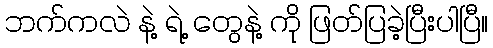
ဘက်ကလဲ နဲ့ ရဲ့ တွေနဲ့ ကို ဖြတ်ပြခဲ့ပြီးပါပြီ။